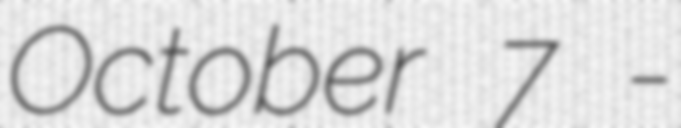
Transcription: October 7 -